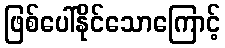
ဖြစ်ပေါ်နိုင်သောကြောင့်